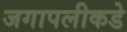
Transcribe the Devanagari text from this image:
जगापलीकडे